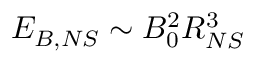
E _ { B , N S } \sim B _ { 0 } ^ { 2 } R _ { N S } ^ { 3 }